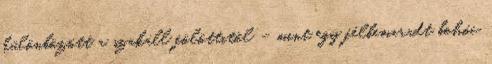
különbözött a szakáll fölöttitől – mint egy félbemaradt bohóc